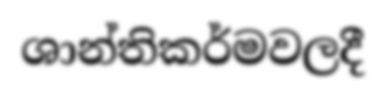
ශාන්තිකර්මවලදී